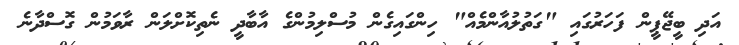
އަދި ބީޖޭޕީން ފަހަރުގައި "ގަތުލުއާންމެއް" ހިންގައިގެން މުސްލިމުންގެ އާބާދީ ނެތިކޮށްލަން ރާވަމުން ގޮސްދާނެ